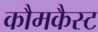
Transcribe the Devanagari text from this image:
कौमकैस्ट